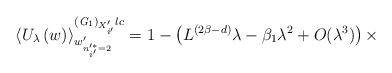
LaTeX: \begin{align*}\left\langle U_{\lambda}\left(w\right)\right\rangle^{\left({\it G}_{1}\right)_{X'_{i'}}lc}_{w'_{n'^{*}_{i'}=2}}=1-\left(L^{(2\beta-d)}\lambda-\beta_{1}\lambda^{2}+O(\lambda^3)\right)\times\end{align*}